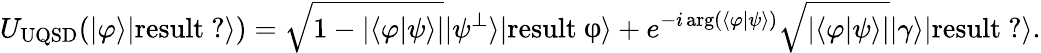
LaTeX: U_{\mathrm{UQSD}}(|\varphi\rangle|{\mathrm{result~?}}\rangle)={\sqrt{1-|\langle\varphi|\psi\rangle|}}|\psi^{\perp}\rangle|{\mathrm{result~φ}}\rangle+e^{-i\arg(\langle\varphi|\psi\rangle)}{\sqrt{|\langle\varphi|\psi\rangle|}}|\gamma\rangle|{\mathrm{result~?}}\rangle.